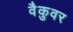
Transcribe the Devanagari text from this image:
वैकुवर